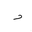
Letter: _dal